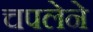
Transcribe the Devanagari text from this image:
चपलेने